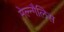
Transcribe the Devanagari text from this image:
मेल्न्गैलिस